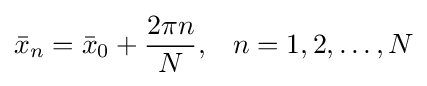
{\bar {x}}_{n}={\bar {x}}_{0}+{\frac {2\pi n}{N}},\;\;\;n=1,2,\ldots ,N